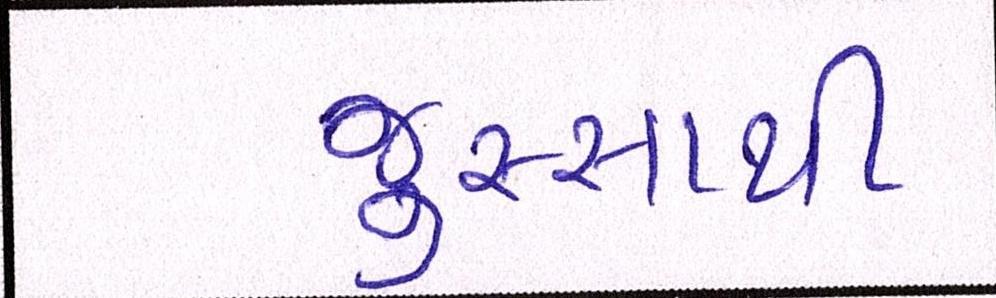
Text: જુસ્સાથી